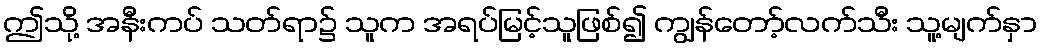
ဤသို့ အနီးကပ် သတ်ရာ၌ သူက အရပ်မြင့်သူဖြစ်၍ ကျွန်တော့်လက်သီး သူ့မျက်နှာ